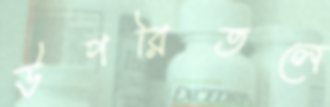
উপরিতলে